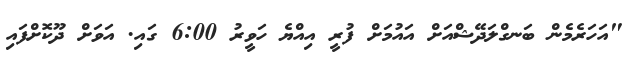
"އަހަރެމެން ބަނގްލަދޭޝްއަށް އައުމަށް ފުރީ އިއްޔެ ހަވީރު 6:00 ގައި. އަވަށް ދޫކޮށްފައި